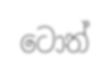
ටොත්